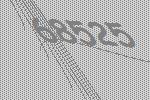
68525